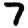
Digit: 7